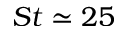
S t \simeq 2 5